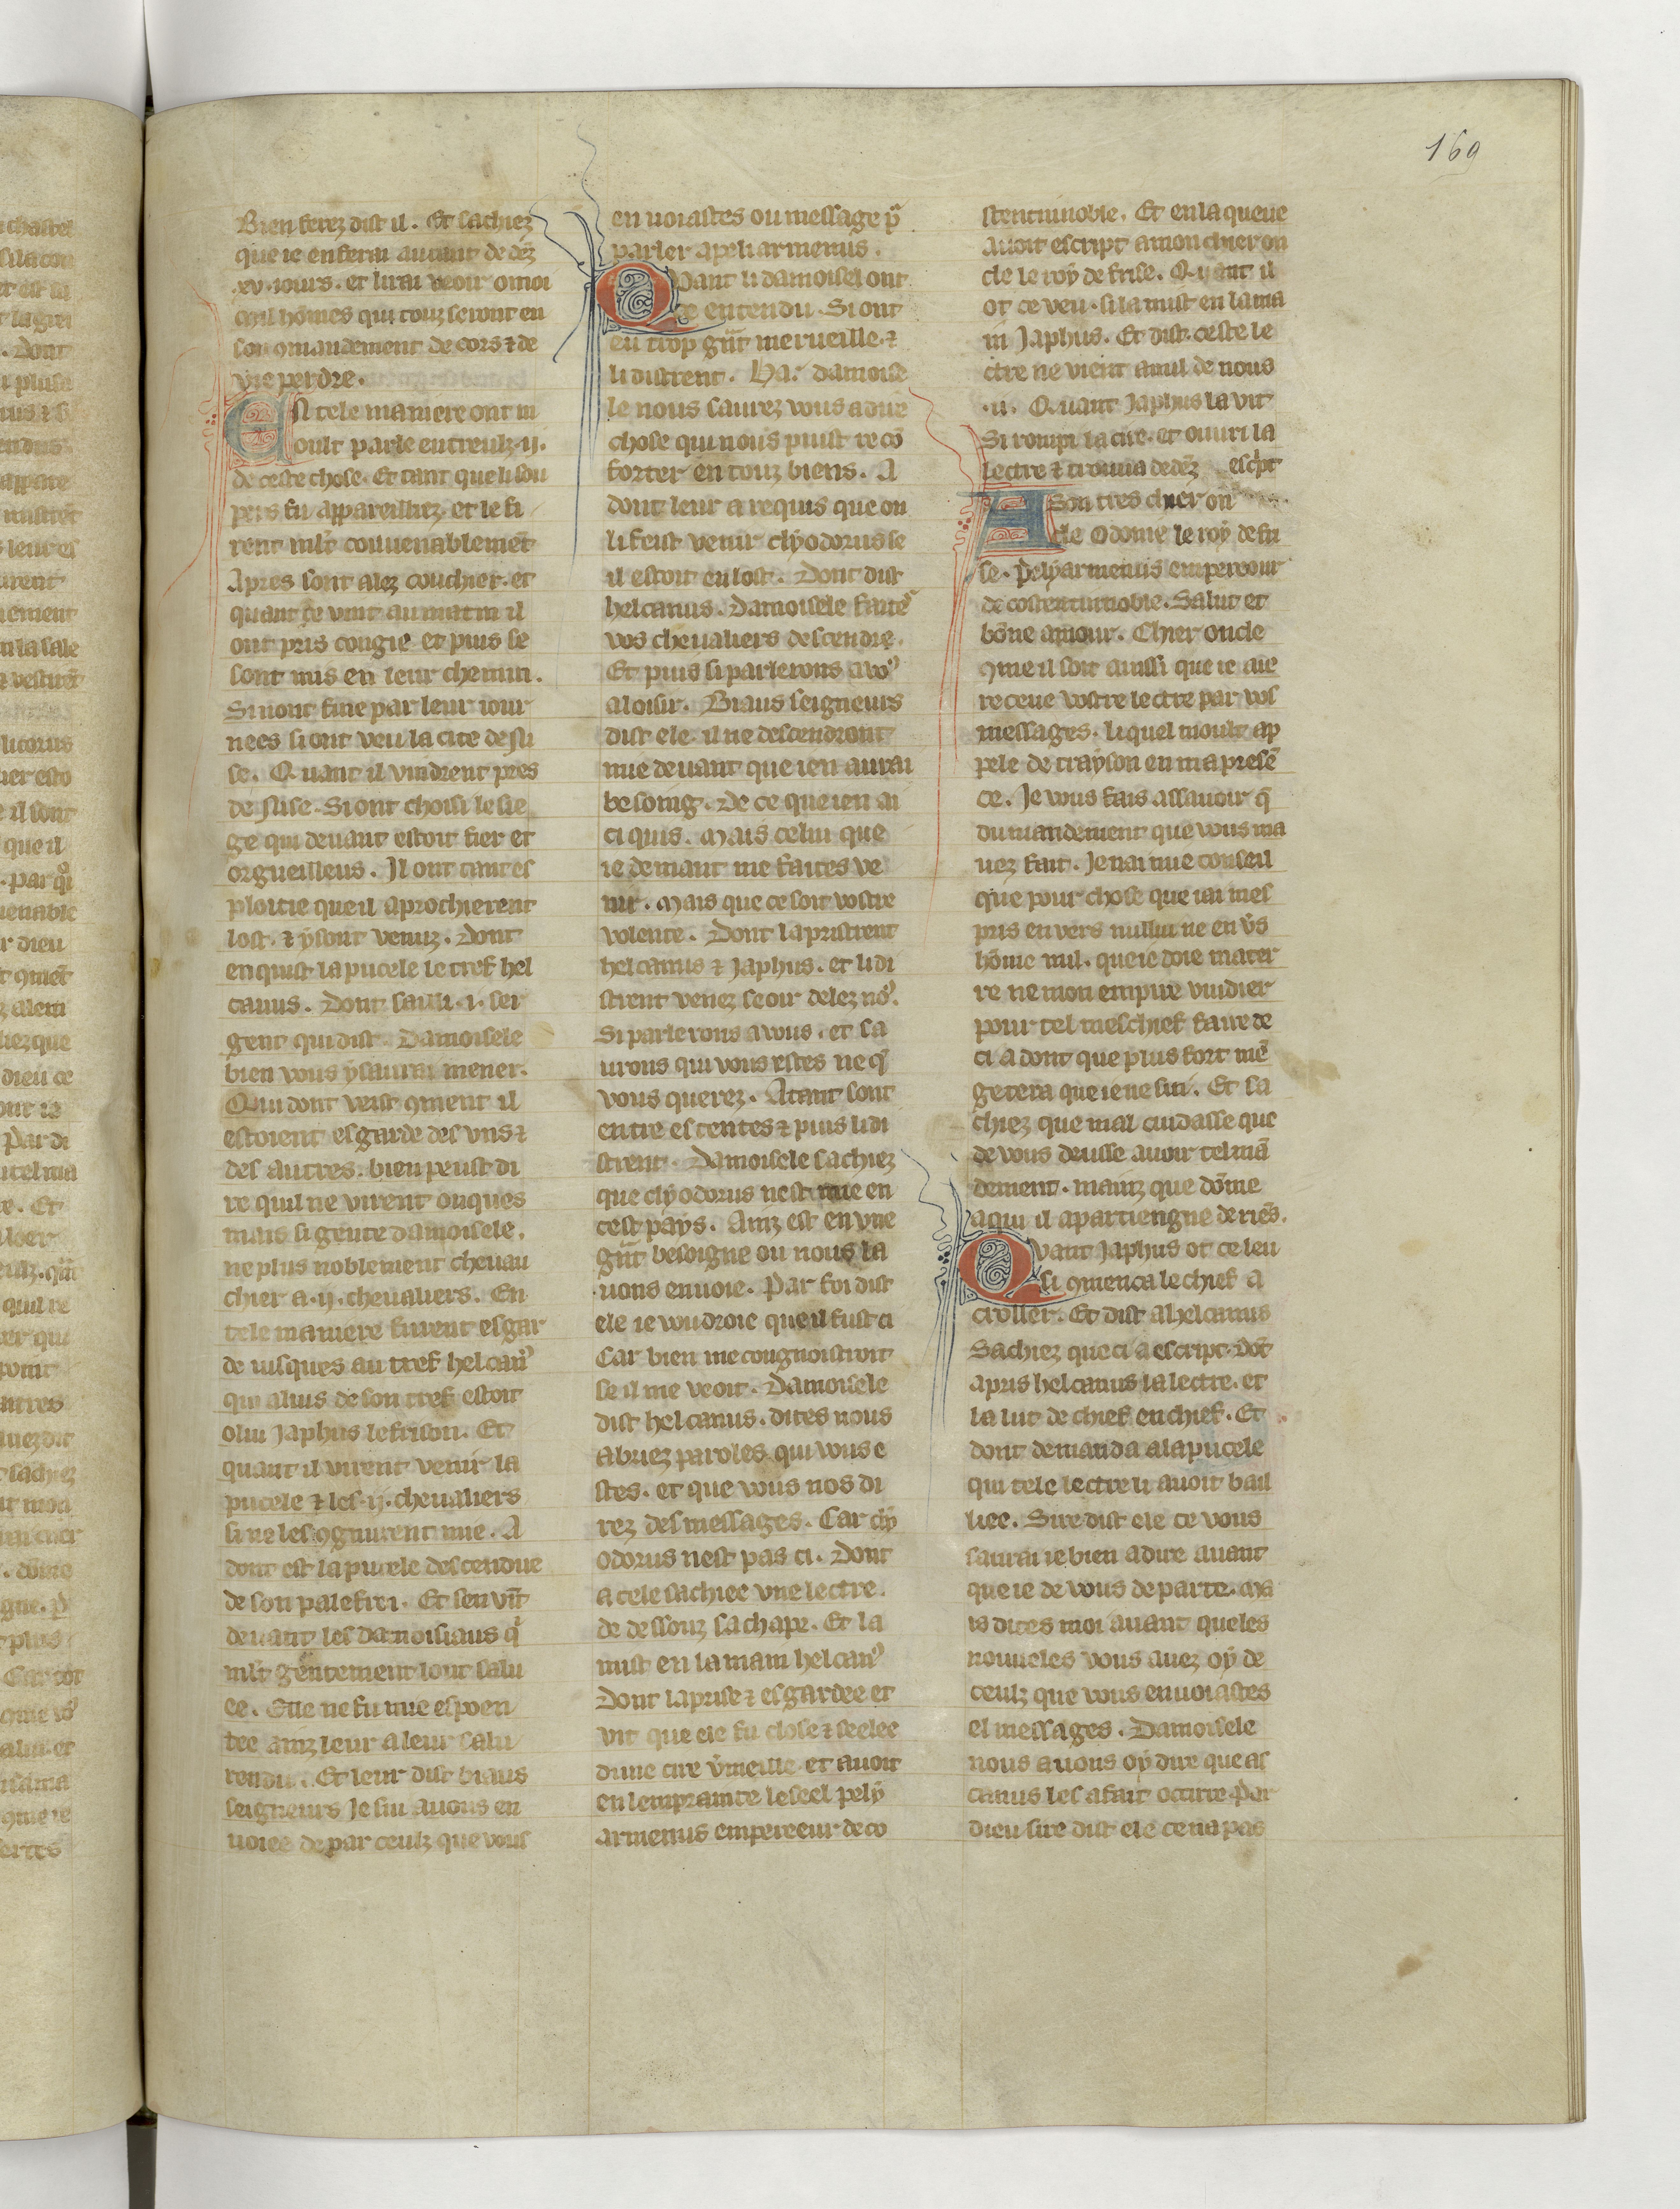
Shelfmark: Paris, BnF, fr. 22549
Century: 14